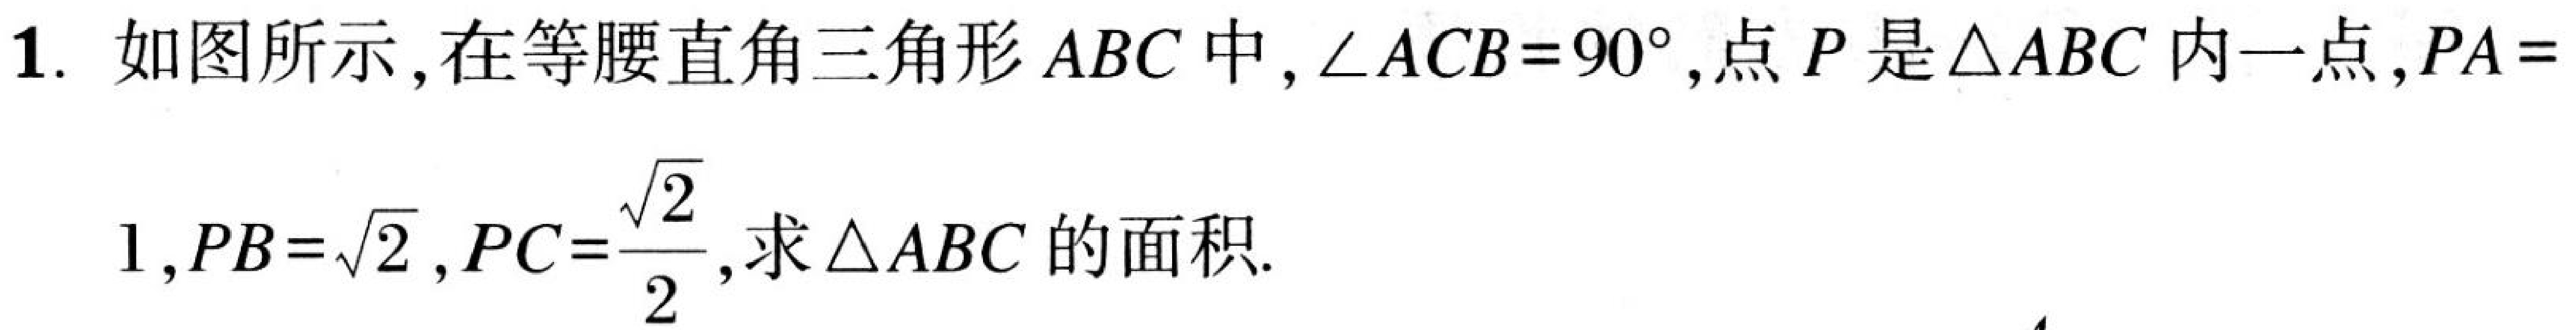
1. 如图所示，在等腰直角三角形\(ABC\)中，\(\angle ACB = 90^{\circ}\)，点\(P\)是\(\triangle ABC\)内一点，\(PA = 1\)，\(PB=\sqrt{2}\)，\(PC=\dfrac{\sqrt{2}}{2}\)，求\(\triangle ABC\)的面积.